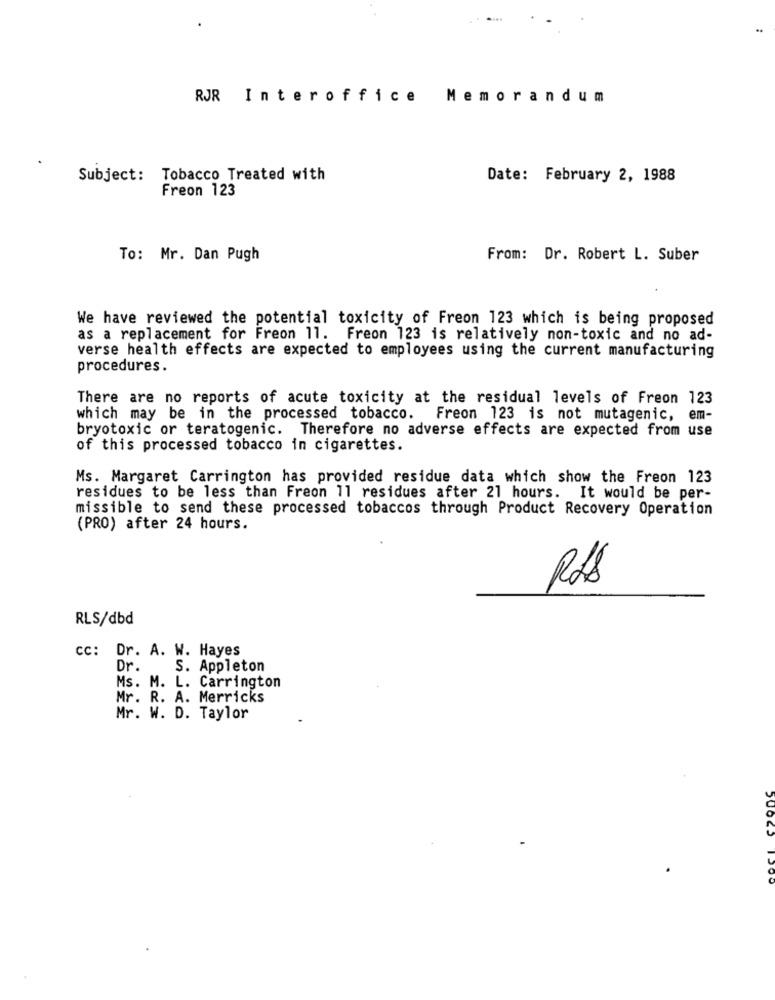
RJR Interoffice
Memorandum
Subject: Tobacco Treated with
Date: February 2, 1988
Freon 123
To: Mr. Dan Pugh
From: Dr. Robert L. Suber
We have reviewed the potential toxicity of Freon 123 which is being proposed
as a replacement for Freon 11. Freon 123 is relatively non-toxic and no ad-
verse health effects are expected to employees using the current manufacturing
procedures.
There are no reports of acute toxicity at the residual levels of Freon 123
which may be in the processed tobacco. Freon 123 is not mutagenic, em-
bryotoxic or teratogenic. Therefore no adverse effects are expected from use
of this processed tobacco in cigarettes.
Ms. Margaret Carrington has provided residue data which show the Freon 123
residues to be less than Freon 11 residues after 21 hours. It would be per-
missible to send these processed tobaccos through Product Recovery Operation
(PRO) after 24 hours.
Rds
RLS/dbd
cc: Dr. A. W. Hayes
Dr.
S. Appleton
Ms. M. L. Carrington
Mr. R. A. Merricks
Mr. W. D. Taylor